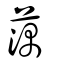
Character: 蕅